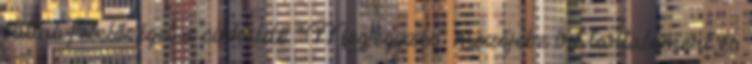
vállal felelőséget a cikküldő "Megjegyzés" mezőjébe írt tartalomért és